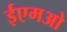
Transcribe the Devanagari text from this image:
ईएमओ